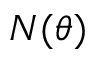
N ( \theta )